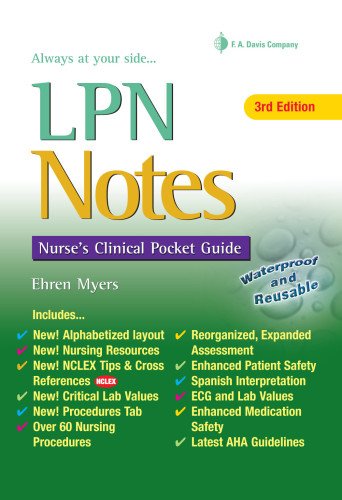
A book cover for LPN Notes: Nurse's Clinical Pocket Guide (Davis's Notes Book); Ehren Myers RN; Medical Books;